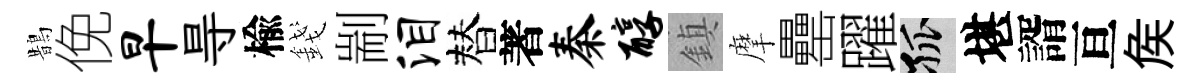
鵲俛早㝵楡錢剬泪替著秦醇鎮摩罍躍孤堪諝亘矦